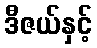
ဒီဇယ်နှင့်